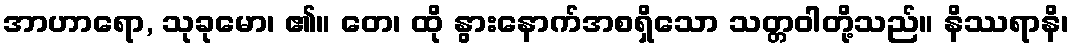
အာဟာရော, သုခုမော၊ ၏။ တေ၊ ထို နွားနောက်အစရှိသော သတ္တဝါတို့သည်။ နိဿရာနိ၊